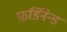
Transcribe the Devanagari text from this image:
फ़र्डिनेन्ड